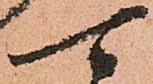
可